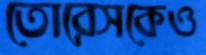
তোরেসকেও